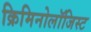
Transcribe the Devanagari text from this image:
क्रिमिनोलॉजिस्ट